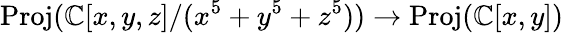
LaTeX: {\mathrm{Proj}}(\mathbb{C}[x,y,z]/(x^{5}+y^{5}+z^{5}))\to{\mathrm{Proj}}(\mathbb{C}[x,y])